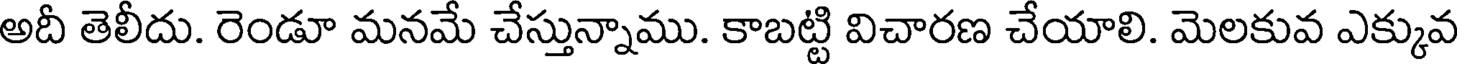
అదీ తెలీదు. రెండూ మనమే చేస్తున్నాము. కాబట్టి విచారణ చేయాలి. మెలకువ ఎక్కువ